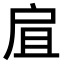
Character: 𢨷